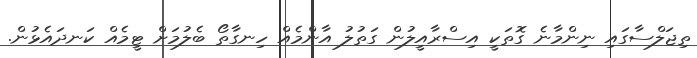
ތިޖަލްސާގައި ނިންމާނެ ގޮތަކީ އިސްރާއީލުން ގަތުލު އާންމެއް ހިނގާތޯ ބެލުމަށް ޓީމެއް ކަނދައެޅުން.